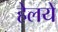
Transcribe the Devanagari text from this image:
हेलये